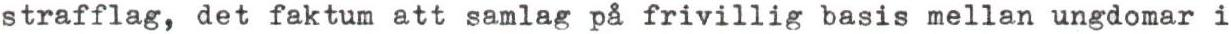
strafflag, det faktum att samlag på frivillig basis mellan ungdomar i